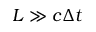
L \gg c \Delta t